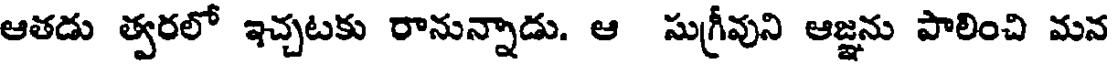
ఆతడు త్వరలో ఇచ్చటకు రానున్నాడు. ఆ సుగ్రీవుని ఆజ్ఞను పాలించి మన